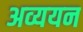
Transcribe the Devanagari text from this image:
अव्ययन